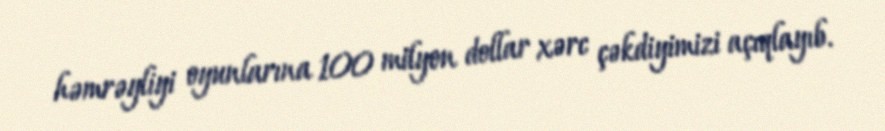
həmrəyliyi oyunlarına 100 milyon dollar xərc çəkdiyimizi açıqlayıb.